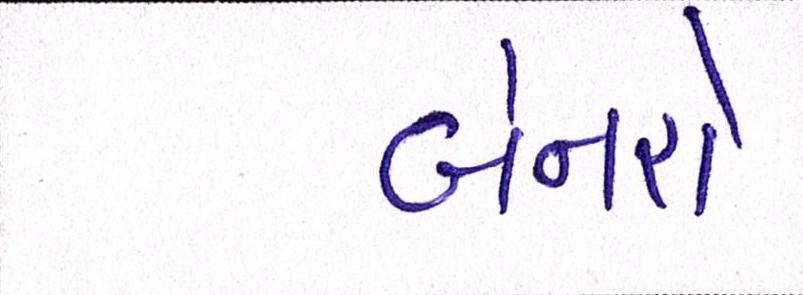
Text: બેનરો